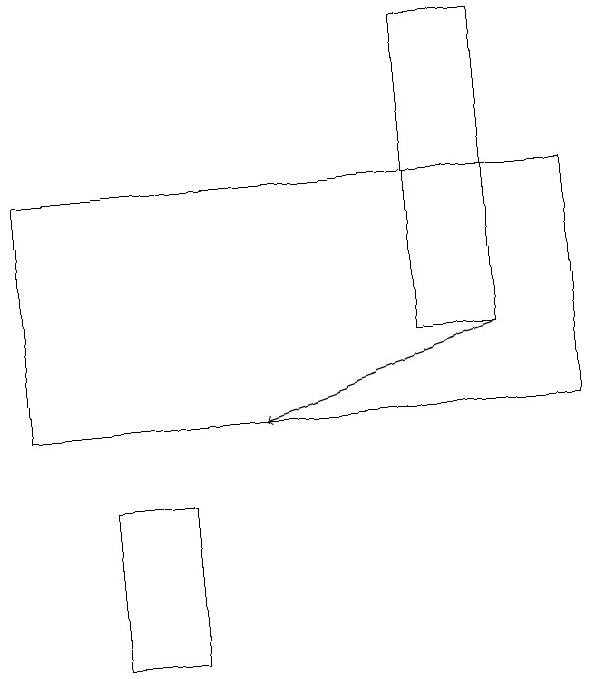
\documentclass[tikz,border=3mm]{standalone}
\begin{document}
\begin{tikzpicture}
\draw[->] (7,15) -- (4,14);
\draw (3,13) rectangle (2,11);
\draw (8,17) rectangle (1,14);
\draw (7,15) rectangle (6,19);
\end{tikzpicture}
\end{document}